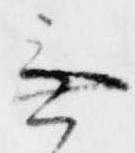
無